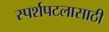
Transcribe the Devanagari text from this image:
स्पर्शपटलासाठी